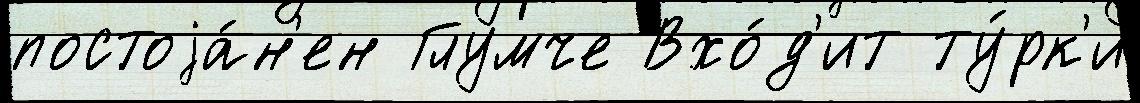
постоjа́н'ен Глумче Вхо́д'ит ту́рк'и